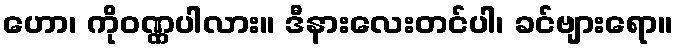
ဟော၊ ကိုဝဏ္ဏပါလား။ ဒီနားလေးတင်ပါ၊ ခင်ဗျားရော။